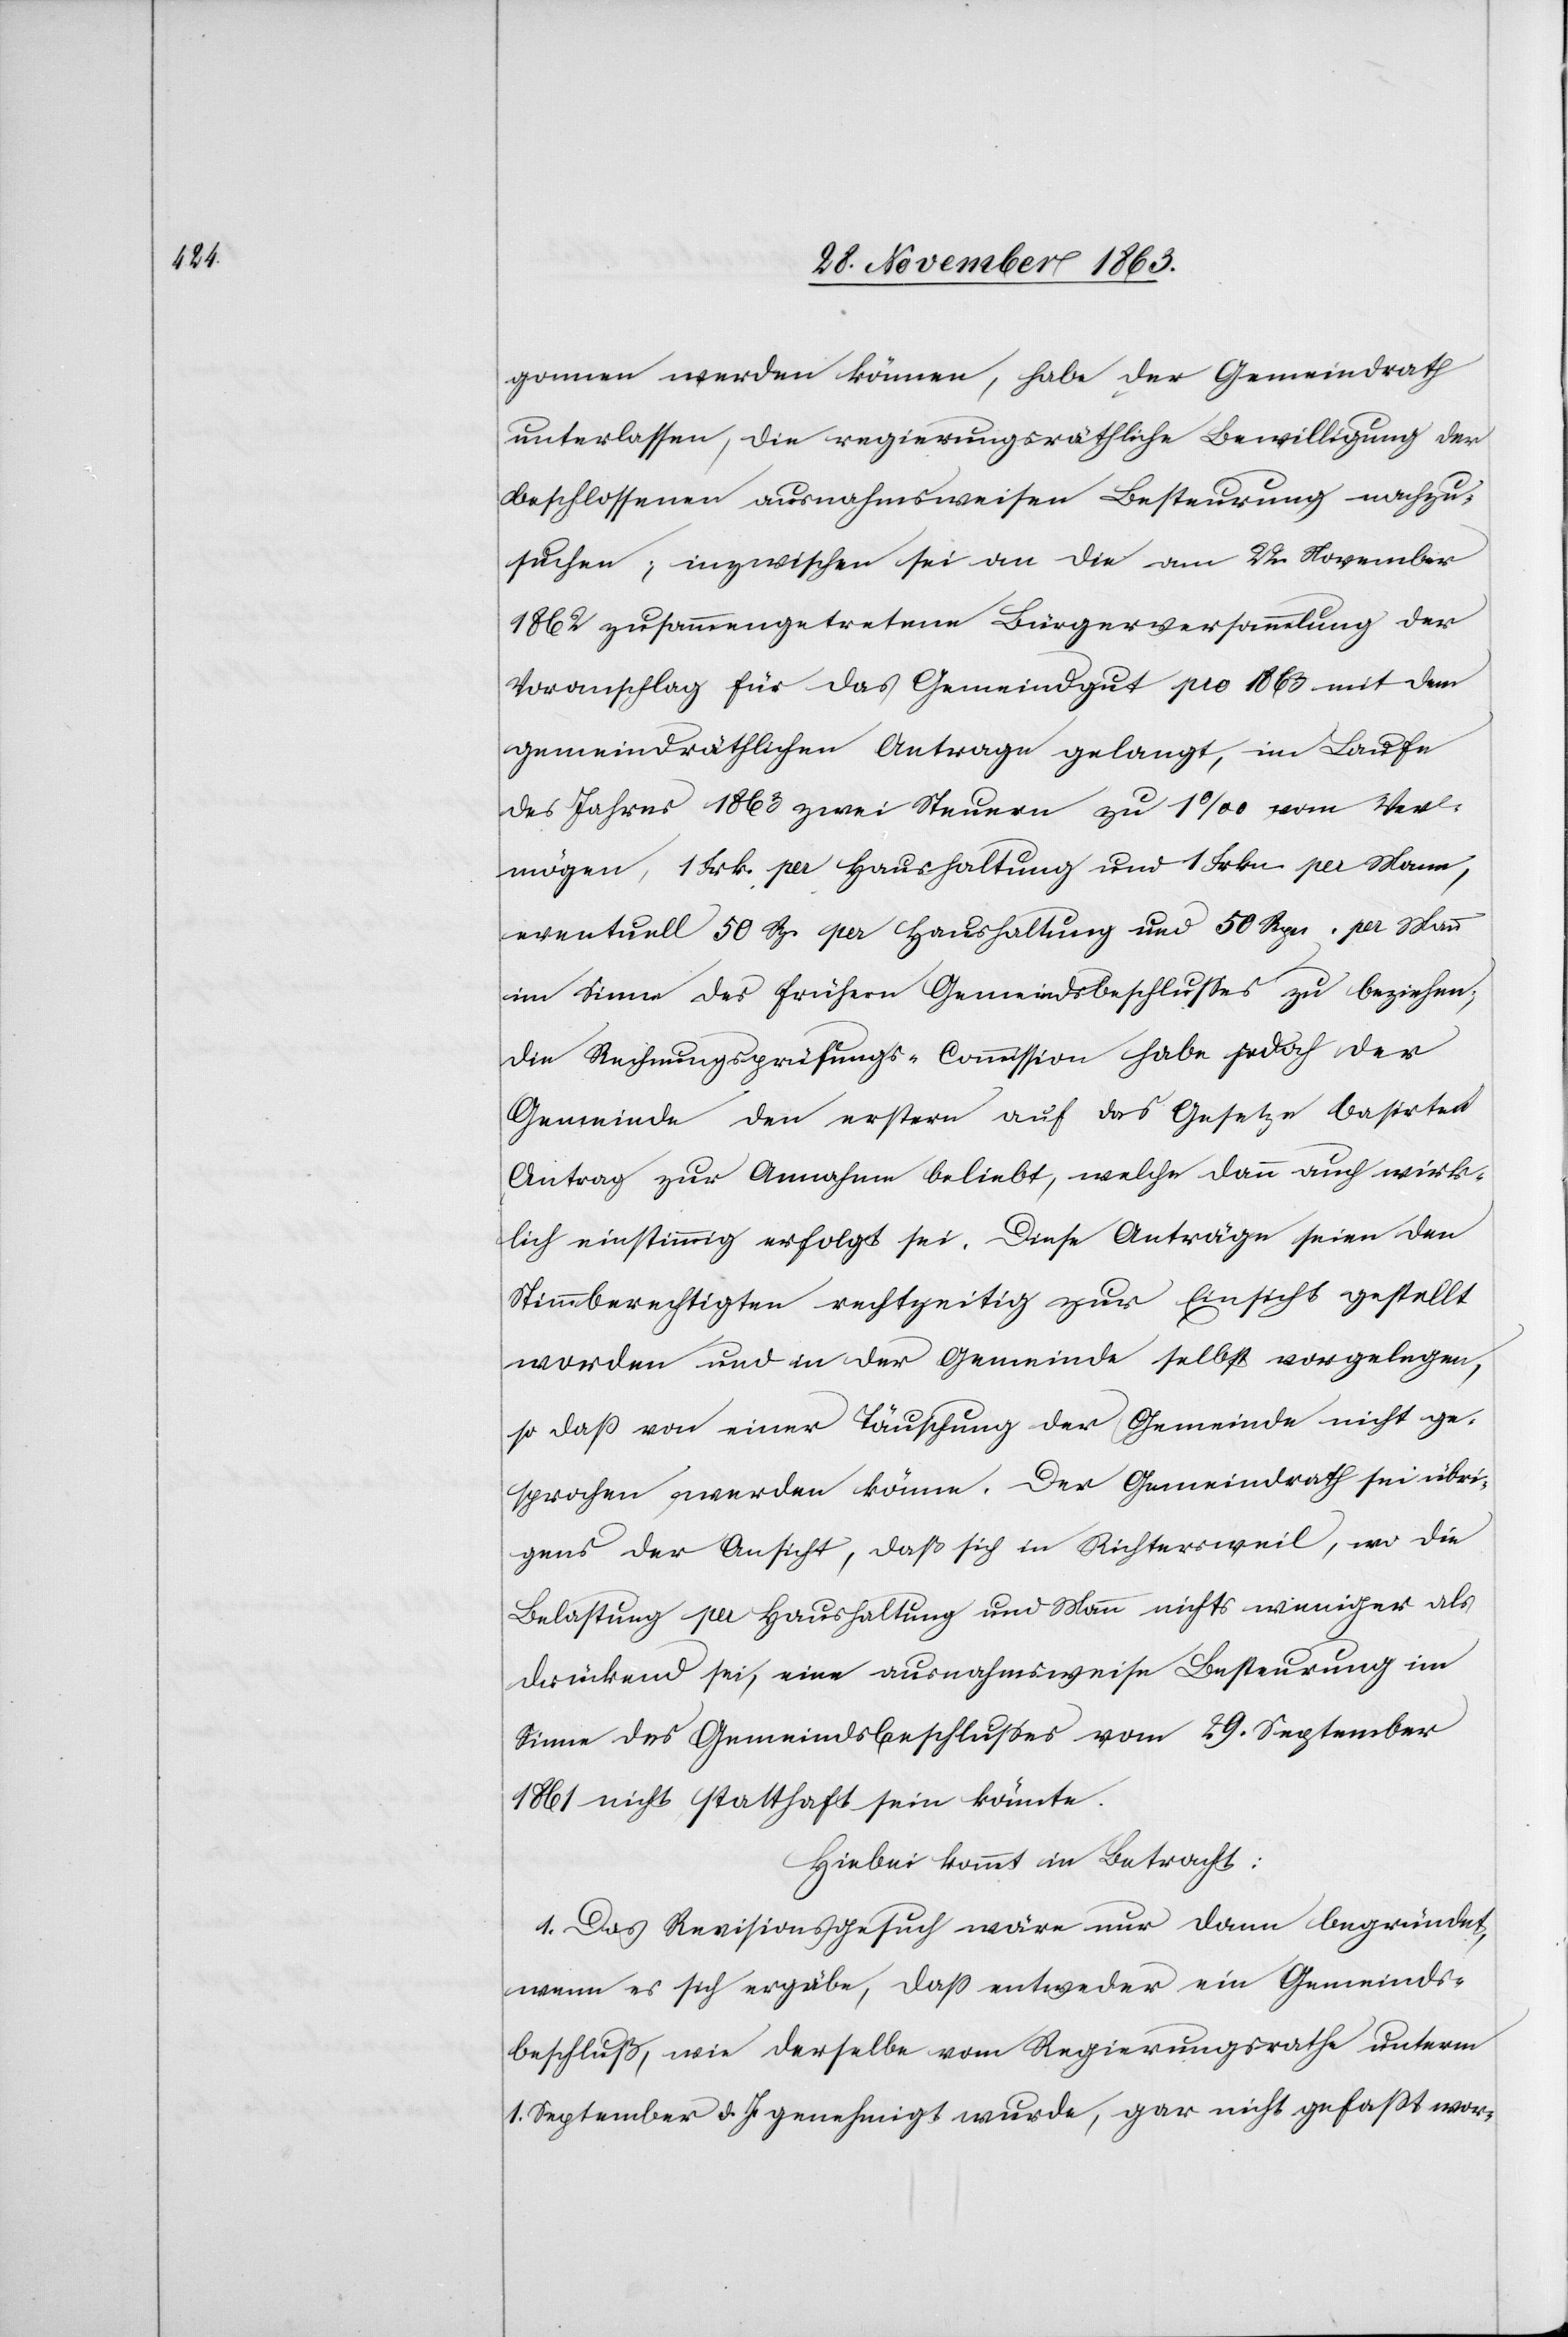
gonnen werden können, habe der Gemeindrath
unterlassen, die regierungsräthliche Bewilligung der
beschlossenen ausnahmsweisen Besteurung nachzu¬
suchen; inzwischen sei an die am 22. November
1862 zusammengetretene Bürgerversammlung der
Voranschlag für das Gemeindgut pro 1863 mit dem
gemeindräthlichen Antrage gelangt, im Laufe
des Jahres 1863 zwei Steuern zu 1‰ vom Ver¬
mögen, 1 Frk. per Haushaltung und 1 Frkn. per Mann,
eventuell 50 Rp. per Haushaltung und 50 Rpn. per Mann
im Sinne des frühern Gemeindsbeschlusses zu beziehen;
die Rechnungsprüfungs-Commission habe jedoch der
Gemeinde den erstern auf das Gesetze basirten
Antrag zur Annahme beliebt, welche dann auch wirk¬
lich einstimmig erfolgt sei. Diese Anträge seien den
Stimmberechtigten rechtzeitig zur Einsicht gestellt
worden und in der Gemeinde selbst vorgelegen,
so dass von einer Täuschung der Gemeinde nicht ge¬
sprochen werden könne. Der Regierungsrath sei übri¬
gens der Ansicht, daß sich in Richtersweil, wo die
Belastung per Haushaltung und Mann nichts weniger als
drückend sei, eine ausnahmsweise Besteurung im
Sinne des Gemeindsbeschlusses vom 29. September
1861 nicht statthaft sein könnte.
Hiebei kommt in Betracht:
1. Das Revisionsgesuch wäre nur dann begründet,
wenn es sich ergäbe, dass entweder ein Gemeinds¬
beschluß, wie derselbe vom Regierungsrathe unterm
1. September d. J. genehmigt wurde, gar nicht gefasst wor-